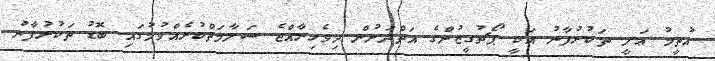
އުތީމު ޢަލީ ތަކުރުފާނު އަކީ ޕޯޗުގީޒުންގެ އަތްދަށުން ދިވެހިރާއްޖެ ސަލާމަތްކުރެއްވުމުގައި ބޮޑު ތަކުރުފާނު